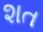
શત